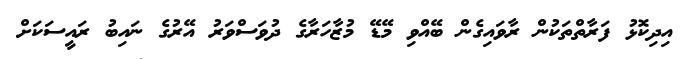
އިދިކޮޅު ފަރާތްތަކުން ރާވައިގެން ބޭއްވި މޭޑޭ މުޒާހަރާގެ ދުވަސްވަރު އޭރުގެ ނައިބު ރައީސަކަށް